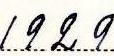
1929